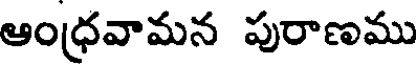
ఆంధ్రవామన పురాణము